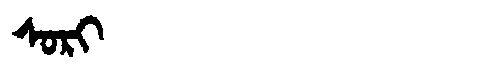
Manchu: ᠰᠣᡵᡳ
Romanization: SORI